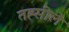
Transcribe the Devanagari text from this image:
तह्सीले